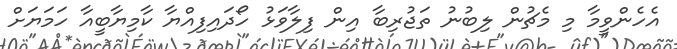
އެހެންވީމާ މި މެޗުން ލިބުނު ތަޖުރިބާ އިން ފިލާވަޅު ހޯދައިފިއްޔާ ކާމިޔާބީއާ ހަމަޔަށް